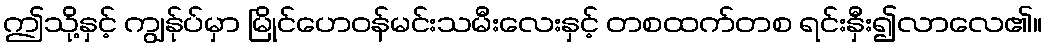
ဤသို့နှင့် ကျွန်ုပ်မှာ မြိုင်ဟေဝန်မင်းသမီးလေးနှင့် တစထက်တစ ရင်းနှီး၍လာလေ၏။